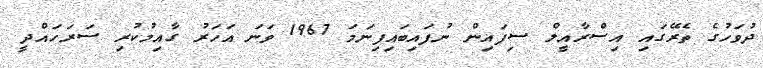
ދުވަހުގެ ތެރޭގައި އިސްރާއީލް ސިފައިން ނުފައިބައިފިނަމަ 1967 ވަނަ އަހަރު ގާއިމުކުރި ސަރަހައްދީ